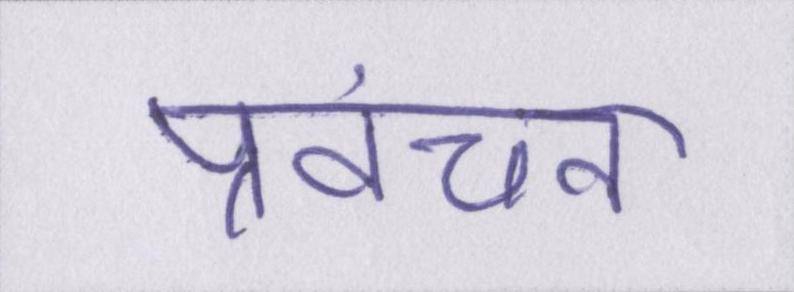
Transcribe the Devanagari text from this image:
प्रवंचना